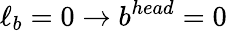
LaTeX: \ell_{b}=0\to b^{head}=0